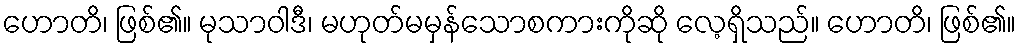
ဟောတိ၊ ဖြစ်၏။ မုသာဝါဒီ၊ မဟုတ်မမှန်သောစကားကိုဆို လေ့ရှိသည်။ ဟောတိ၊ ဖြစ်၏။